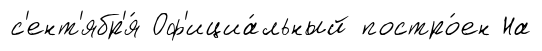
с'ент'ябр'я́ Оф'ициа́льный постро́ен На